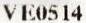
VE0514